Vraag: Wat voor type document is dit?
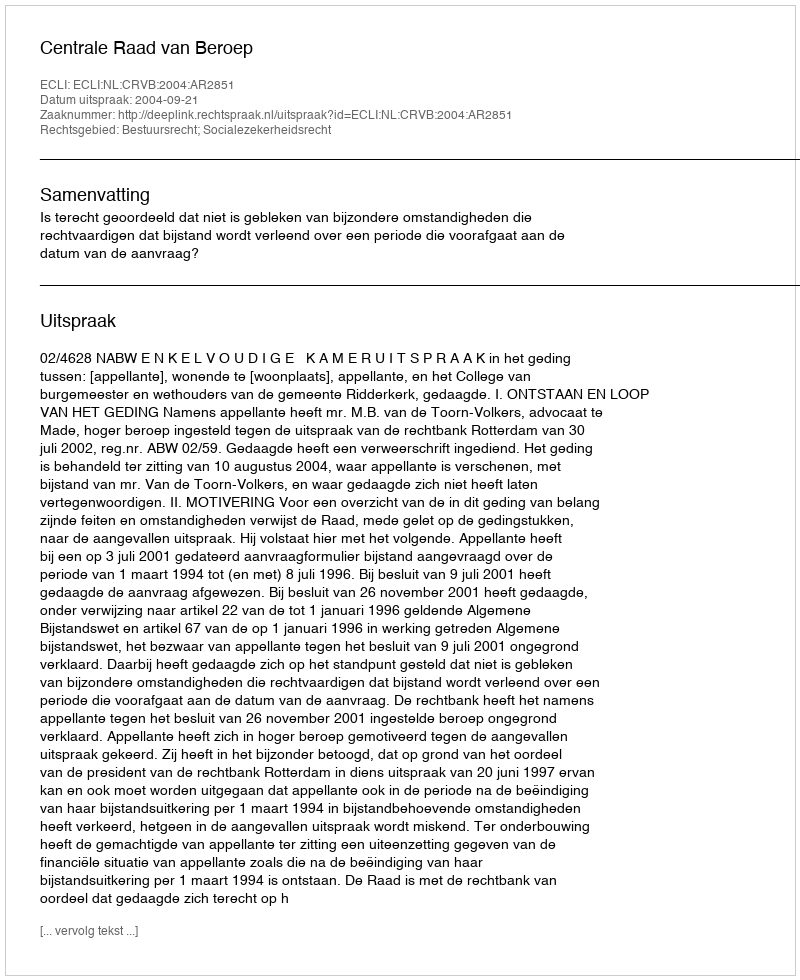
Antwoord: Uitspraak